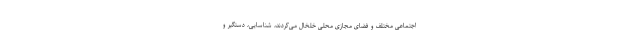
اجتماعی مختلف و فضای مجازی محلی خلخال می‌کردند، شناسایی، دستگیر و